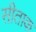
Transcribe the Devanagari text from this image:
सीताक